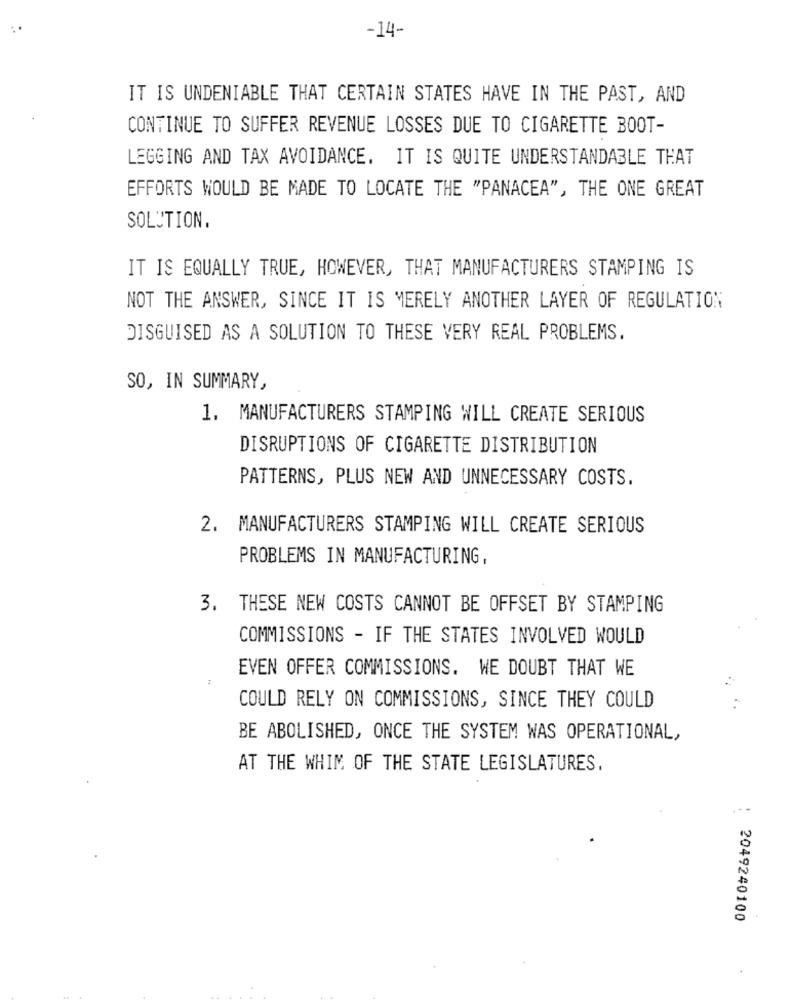
-14-
IT IS UNDENIABLE THAT CERTAIN STATES HAVE IN THE PAST, AND
CONTINUE TO SUFFER REVENUE LOSSES DUE TO CIGARETTE BOOT-
LEGGING AND TAX AVOIDANCE. IT IS QUITE UNDERSTANDABLE THAT
EFFORTS WOULD BE MADE TO LOCATE THE "PANACEA", THE ONE GREAT
SOLUTION.
IT IS EQUALLY TRUE, HOWEVER, THAT MANUFACTURERS STAMPING IS
NOT THE ANSWER, SINCE IT IS MERELY ANOTHER LAYER OF REGULATION
DISGUISED AS A SOLUTION TO THESE VERY REAL PROBLEMS.
SO, IN SUMMARY,
1. MANUFACTURERS STAMPING WILL CREATE SERIOUS
DISRUPTIONS OF CIGARETTE DISTRIBUTION
PATTERNS, PLUS NEW AND UNNECESSARY COSTS.
2. MANUFACTURERS STAMPING WILL CREATE SERIOUS
PROBLEMS IN MANUFACTURING,
3. THESE NEW COSTS CANNOT BE OFFSET BY STAMPING
COMMISSIONS - IF THE STATES INVOLVED WOULD
EVEN OFFER COMMISSIONS. WE DOUBT THAT WE
COULD RELY ON COMMISSIONS, SINCE THEY COULD
BE ABOLISHED, ONCE THE SYSTEM WAS OPERATIONAL,
AT THE WHIM OF THE STATE LEGISLATURES.
. ..
2049240100